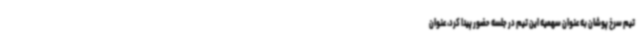
تیم سرخ پوشان به عنوان سهمیه این تیم در جلسه حضور پیدا کرد، عنوان